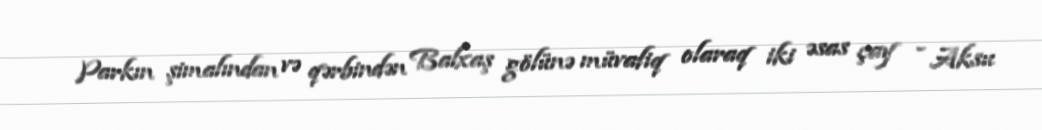
Parkın şimalından və qərbindən Balxaş gölünə müvafiq olaraq iki əsas çay - Aksu